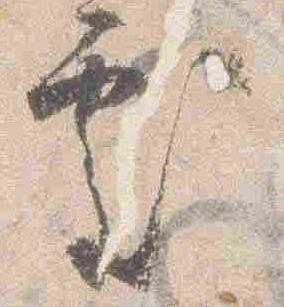
処